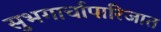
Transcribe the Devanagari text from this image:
सुभगार्चापारिजात